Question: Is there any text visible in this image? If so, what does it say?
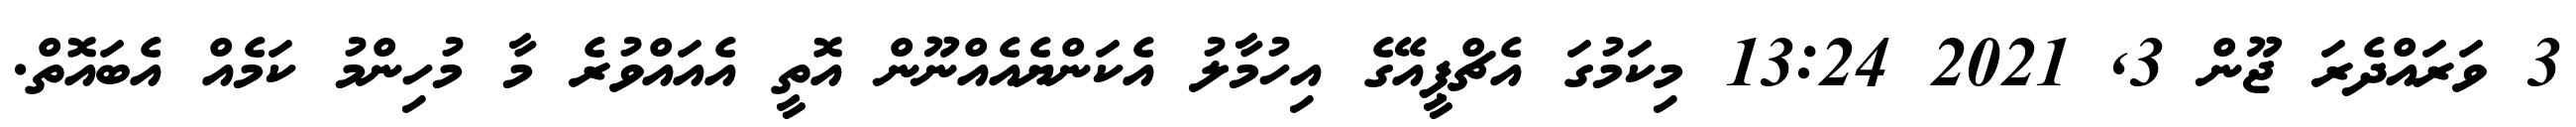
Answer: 3 ވަރައްދެރަ ޖޫން 3, 2021 13:24 މިކަމުގަ އެޗްޕީއޭގެ އިހުމާލު އެކަންޔެއެއްނޫން އޮތީ އެއައްވުރެ މާ މުހިންމު ކަމެއް އެބައޮތް.